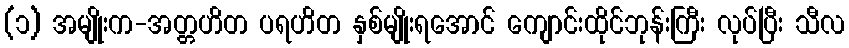
(၁) အမျိုးက-အတ္တဟိတ ပရဟိတ နှစ်မျိုးရအောင် ကျောင်းထိုင်ဘုန်းကြီး လုပ်ပြီး သီလ